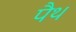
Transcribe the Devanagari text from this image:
पैथ